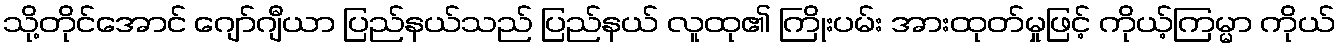
သို့တိုင်အောင် ဂျော်ဂျီယာ ပြည်နယ်သည် ပြည်နယ် လူထု၏ ကြိုးပမ်း အားထုတ်မှုဖြင့် ကိုယ့်ကြမ္မာ ကိုယ်